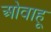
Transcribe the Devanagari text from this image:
ओवाहू